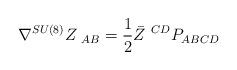
LaTeX: \begin{align*}\nabla^{SU(8)}Z_{\ AB}= {1 \over 2} \bar Z^{\ CD} P_{ABCD}\end{align*}